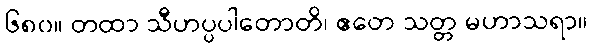
၆၈၀။ တထာ သီဟပ္ပပါတောတိ၊ ဧတေ သတ္တ မဟာသရာ။